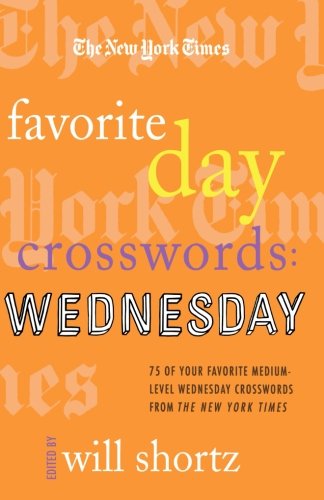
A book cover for The New York Times Favorite Day Crosswords: Wednesday: 75 of Your Favorite Medium-Level Wednesday Crosswords from The New York Times; The New York Times; Humor & Entertainment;